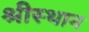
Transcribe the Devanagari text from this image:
श्रीस्थान